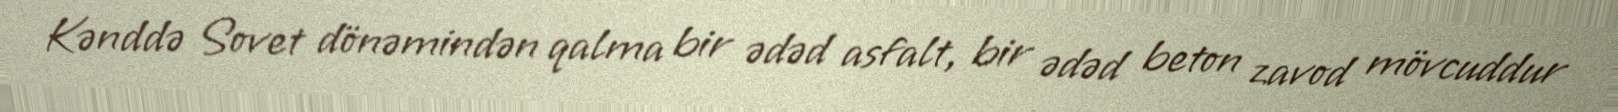
Kənddə Sovet dönəmindən qalma bir ədəd asfalt, bir ədəd beton zavod mövcuddur